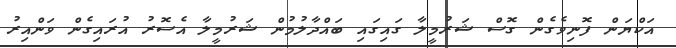
އަކްޔަން ފޮނިވެގެން ގޮސް ޝަރުމީލާ ގައިގައި ބައްދާލުމުން ޝަރުމީލާ އެސޮރު އުރައިގެން ވަންއިރު